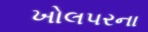
ખોલપરના